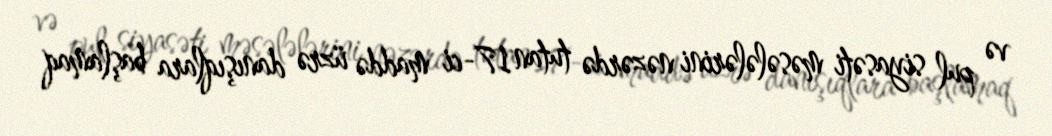
və pul siyasəti məsələlərini nəzərdə tutan 17-ci maddə üzrə danışıqlara başlamaq